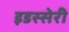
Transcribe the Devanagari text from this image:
इडस्सेरी